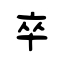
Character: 卒